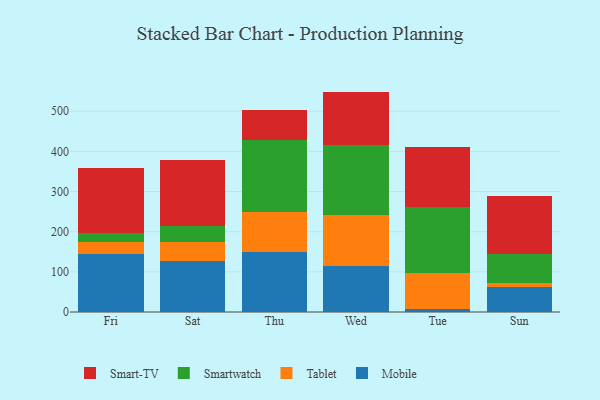
{"axis": {"x": "Day", "y": "Satisfaction Score"}, "legend": ["Mobile", "Smart-TV", "Smartwatch", "Tablet"], "data": [{"x": "Fri", "y": 143.9, "type": "Mobile"}, {"x": "Fri", "y": 31.1, "type": "Tablet"}, {"x": "Fri", "y": 20.6, "type": "Smartwatch"}, {"x": "Fri", "y": 162.9, "type": "Smart-TV"}, {"x": "Sat", "y": 127.7, "type": "Mobile"}, {"x": "Sat", "y": 46.4, "type": "Tablet"}, {"x": "Sat", "y": 40.1, "type": "Smartwatch"}, {"x": "Sat", "y": 164.1, "type": "Smart-TV"}, {"x": "Thu", "y": 150.4, "type": "Mobile"}, {"x": "Thu", "y": 99.6, "type": "Tablet"}, {"x": "Thu", "y": 178.6, "type": "Smartwatch"}, {"x": "Thu", "y": 75.7, "type": "Smart-TV"}, {"x": "Wed", "y": 115.1, "type": "Mobile"}, {"x": "Wed", "y": 126.2, "type": "Tablet"}, {"x": "Wed", "y": 175.1, "type": "Smartwatch"}, {"x": "Wed", "y": 132.5, "type": "Smart-TV"}, {"x": "Tue", "y": 7.1, "type": "Mobile"}, {"x": "Tue", "y": 90.2, "type": "Tablet"}, {"x": "Tue", "y": 164.8, "type": "Smartwatch"}, {"x": "Tue", "y": 148.6, "type": "Smart-TV"}, {"x": "Sun", "y": 62.8, "type": "Mobile"}, {"x": "Sun", "y": 8.9, "type": "Tablet"}, {"x": "Sun", "y": 71.6, "type": "Smartwatch"}, {"x": "Sun", "y": 146.1, "type": "Smart-TV"}]}